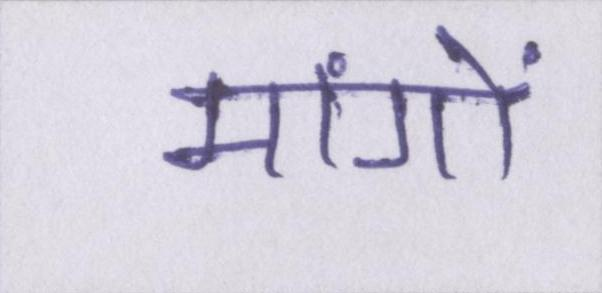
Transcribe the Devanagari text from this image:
मांगों